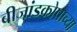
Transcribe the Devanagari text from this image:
बीजांडकोषाच्या